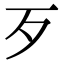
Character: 歹